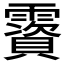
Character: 𩆃